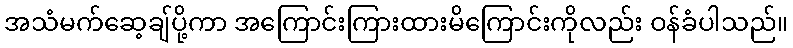
အသံမက်ဆေ့ချ်ပို့ကာ အကြောင်းကြားထားမိကြောင်းကိုလည်း ဝန်ခံပါသည်။